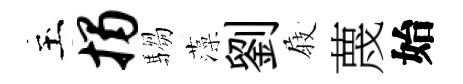
玉揭騶藻劉𡲆蔑始